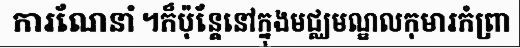
ការណែនាំ ។ក៏ប៉ុន្តែនៅក្នុងមជ្ឈមណ្ឌលកុមារកំព្រា